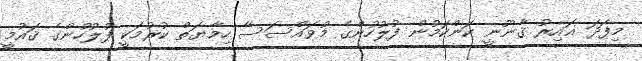
މިފަދަ ޣައިރު ޤާނޫނީ ކަންކަމުން ފުލުހުންގެ މުވައްސަސާ ހިމާޔަތް ކުރުމަކީ ފުލުހުންގެ ޤައުމީ